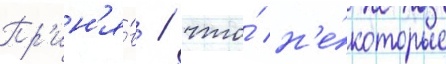
Пр'ин'я́в / что́ н'е́которые